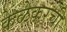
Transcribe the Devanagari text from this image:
केळेकरंची